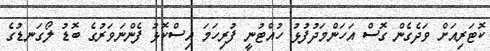
ކޮޓަރިއަށް ވަދެގެން ގޮސް އަހަންމަދުފުޅު ހުއްޓުނީ ފުރިހަމަ އިސްކޮޅު ފެންނަވަރުގެ ބޮޑު ލޯގަނޑުގެ